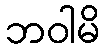
ဘဝါမိ